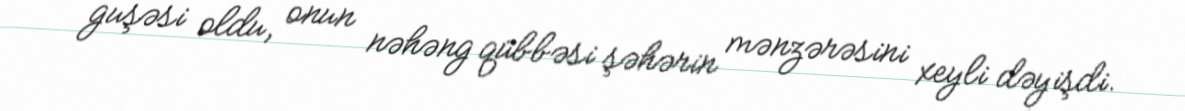
guşəsi oldu, onun nəhəng qübbəsi şəhərin mənzərəsini xeyli dəyişdi.